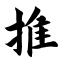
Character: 推